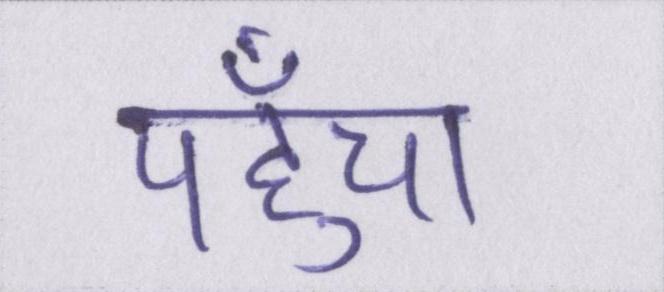
पहुँचा